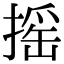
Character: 摇